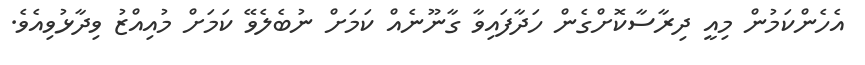
އެހެންކަމުން މިއީ ދިރާސާކޮށްގެން ހަދާފައިވާ ގާނޫނެއް ކަމަށް ނުބެލެވޭ ކަމަށް މުއިއްޒު ވިދާޅުވިއެވެ.